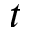
t